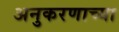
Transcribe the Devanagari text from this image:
अनुकरणाच्या